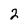
Character: 2